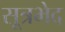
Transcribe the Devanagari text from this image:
सूत्रभेद